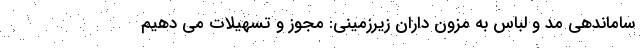
ساماندهی مد و لباس به مزون ‌داران زیرزمینی: مجوز و تسهیلات می دهیم